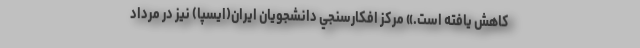
كاهش يافته است.» مركز افكارسنجي دانشجويان ايران(ايسپا) نيز در مرداد